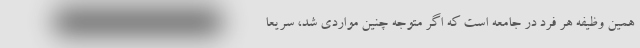
همین وظیفه هر فرد در جامعه است که اگر متوجه چنین مواردی شد، سریعا